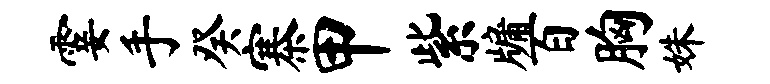
霎手癸寨甲紫牖百胸姝